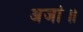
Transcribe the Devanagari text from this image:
अजां॥